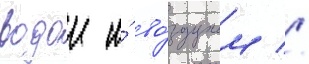
водои и́ во́здухом //